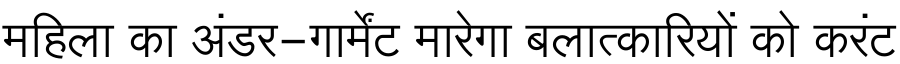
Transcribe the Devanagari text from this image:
महिला का अंडर-गार्मेंट मारेगा बलात्कारियों को करंट